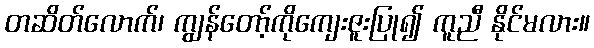
တဆိတ်လောက်၊ ကျွန်တော့်ကိုကျေးဇူးပြု၍ ကူညီ နိုင်မလား။